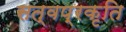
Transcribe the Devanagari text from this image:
सत्वप्रकृति